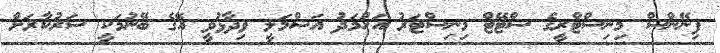
ފިނޭންސް މިނިސްޓްރީގެ ސްޓޭޓް މިނިސްޓަރު އަހުމަދު އަޝްމަލީ ވިދާޅުވީ އޭގެ ބޭނުމަކީ ސަރުކާރަށް